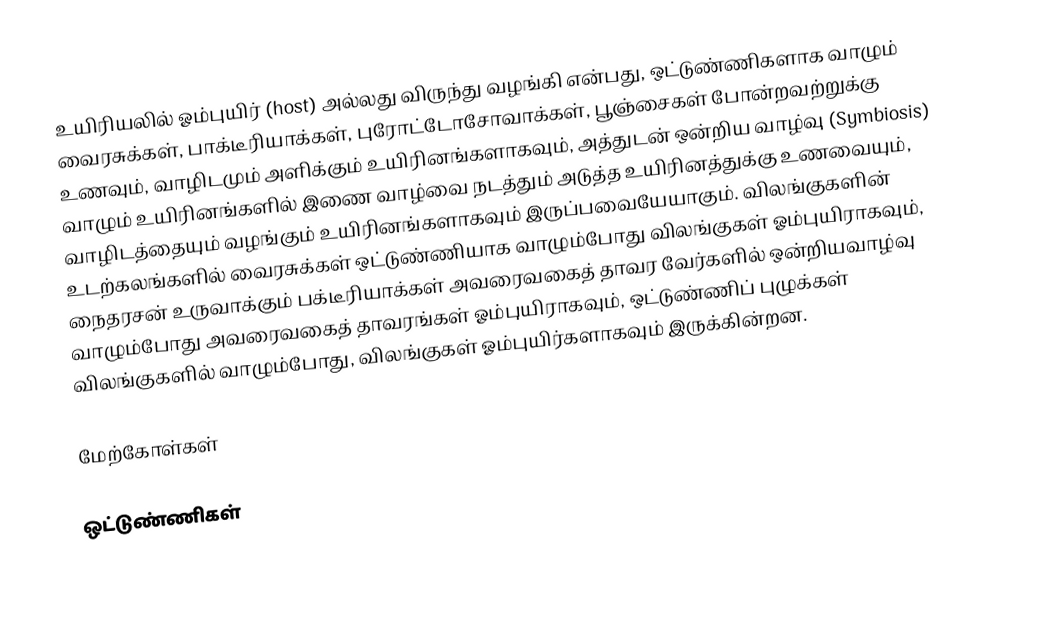
உயிரியலில் ஓம்புயிர் (host) அல்லது விருந்து வழங்கி என்பது, ஒட்டுண்ணிகளாக வாழும் வைரசுக்கள், பாக்டீரியாக்கள், புரோட்டோசோவாக்கள், பூஞ்சைகள் போன்றவற்றுக்கு உணவும், வாழிடமும் அளிக்கும் உயிரினங்களாகவும், அத்துடன் ஒன்றிய வாழ்வு (Symbiosis) வாழும் உயிரினங்களில் இணை வாழ்வை நடத்தும் அடுத்த உயிரினத்துக்கு உணவையும், வாழிடத்தையும் வழங்கும் உயிரினங்களாகவும் இருப்பவையேயாகும். விலங்குகளின் உடற்கலங்களில் வைரசுக்கள் ஒட்டுண்ணியாக வாழும்போது விலங்குகள் ஓம்புயிராகவும், நைதரசன் உருவாக்கும் பக்டீரியாக்கள் அவரைவகைத் தாவர வேர்களில் ஒன்றியவாழ்வு வாழும்போது அவரைவகைத் தாவரங்கள் ஓம்புயிராகவும், ஒட்டுண்ணிப் புழுக்கள் விலங்குகளில் வாழும்போது, விலங்குகள் ஓம்புயிர்களாகவும் இருக்கின்றன.

மேற்கோள்கள்

ஒட்டுண்ணிகள்